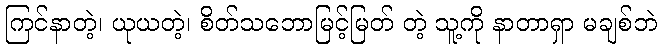
ကြင်နာတဲ့၊ ယုယတဲ့၊ စိတ်သဘောမြင့်မြတ် တဲ့ သူ့ကို နာတာရှာ မချစ်ဘဲ